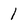
Character: 1